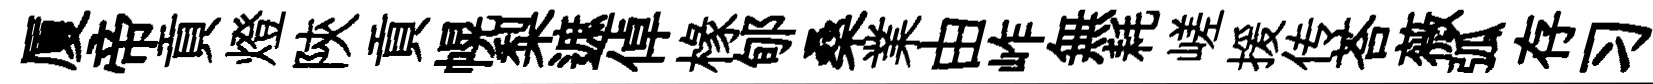
厦帝貢燈陝貢幌梨遮倬椽郇桑業由岞無耗嵯援传荅薇弧存习